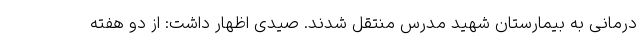
درمانی به بیمارستان شهید مدرس منتقل شدند. صیدی اظهار داشت: از دو هفته